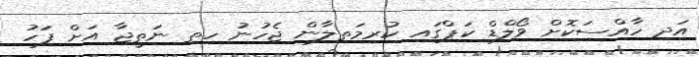
އަދި ހާއްސަކޮށް ވޯލްޑް ކަޕްގައި ކުރިމަތިލާން ޖެހުނު ހިތި ނަތީޖާ އަށް ފަހު